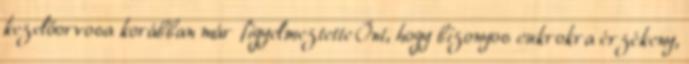
kezelőorvosa korábban már figyelmeztette Önt, hogy bizonyos cukrokra érzékeny,